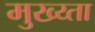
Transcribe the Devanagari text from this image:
मुख्य्ता